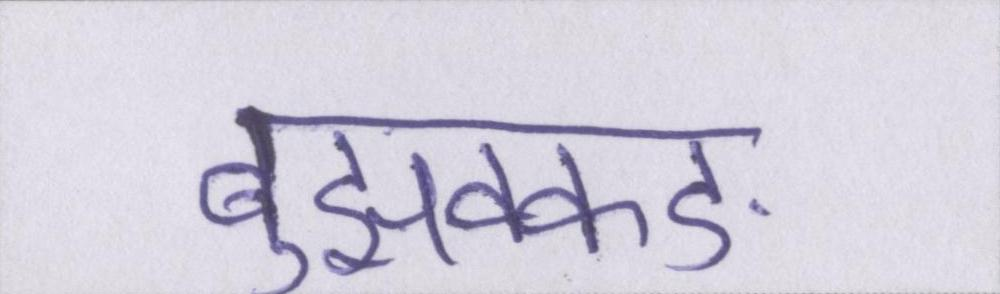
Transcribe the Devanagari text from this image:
बुझक्कङ